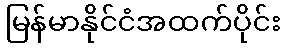
မြန်မာနိုင်ငံအထက်ပိုင်း